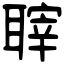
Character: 䏁